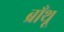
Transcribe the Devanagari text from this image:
ब्राँथू